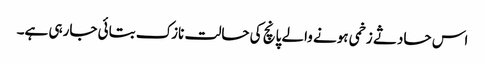
اس حادثے زخمی ہونے والے پانچ کی حالت نازک بتائی جارہی ہے۔